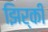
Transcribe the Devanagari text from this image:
झिर्की